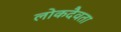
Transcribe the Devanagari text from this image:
लोकदैवता